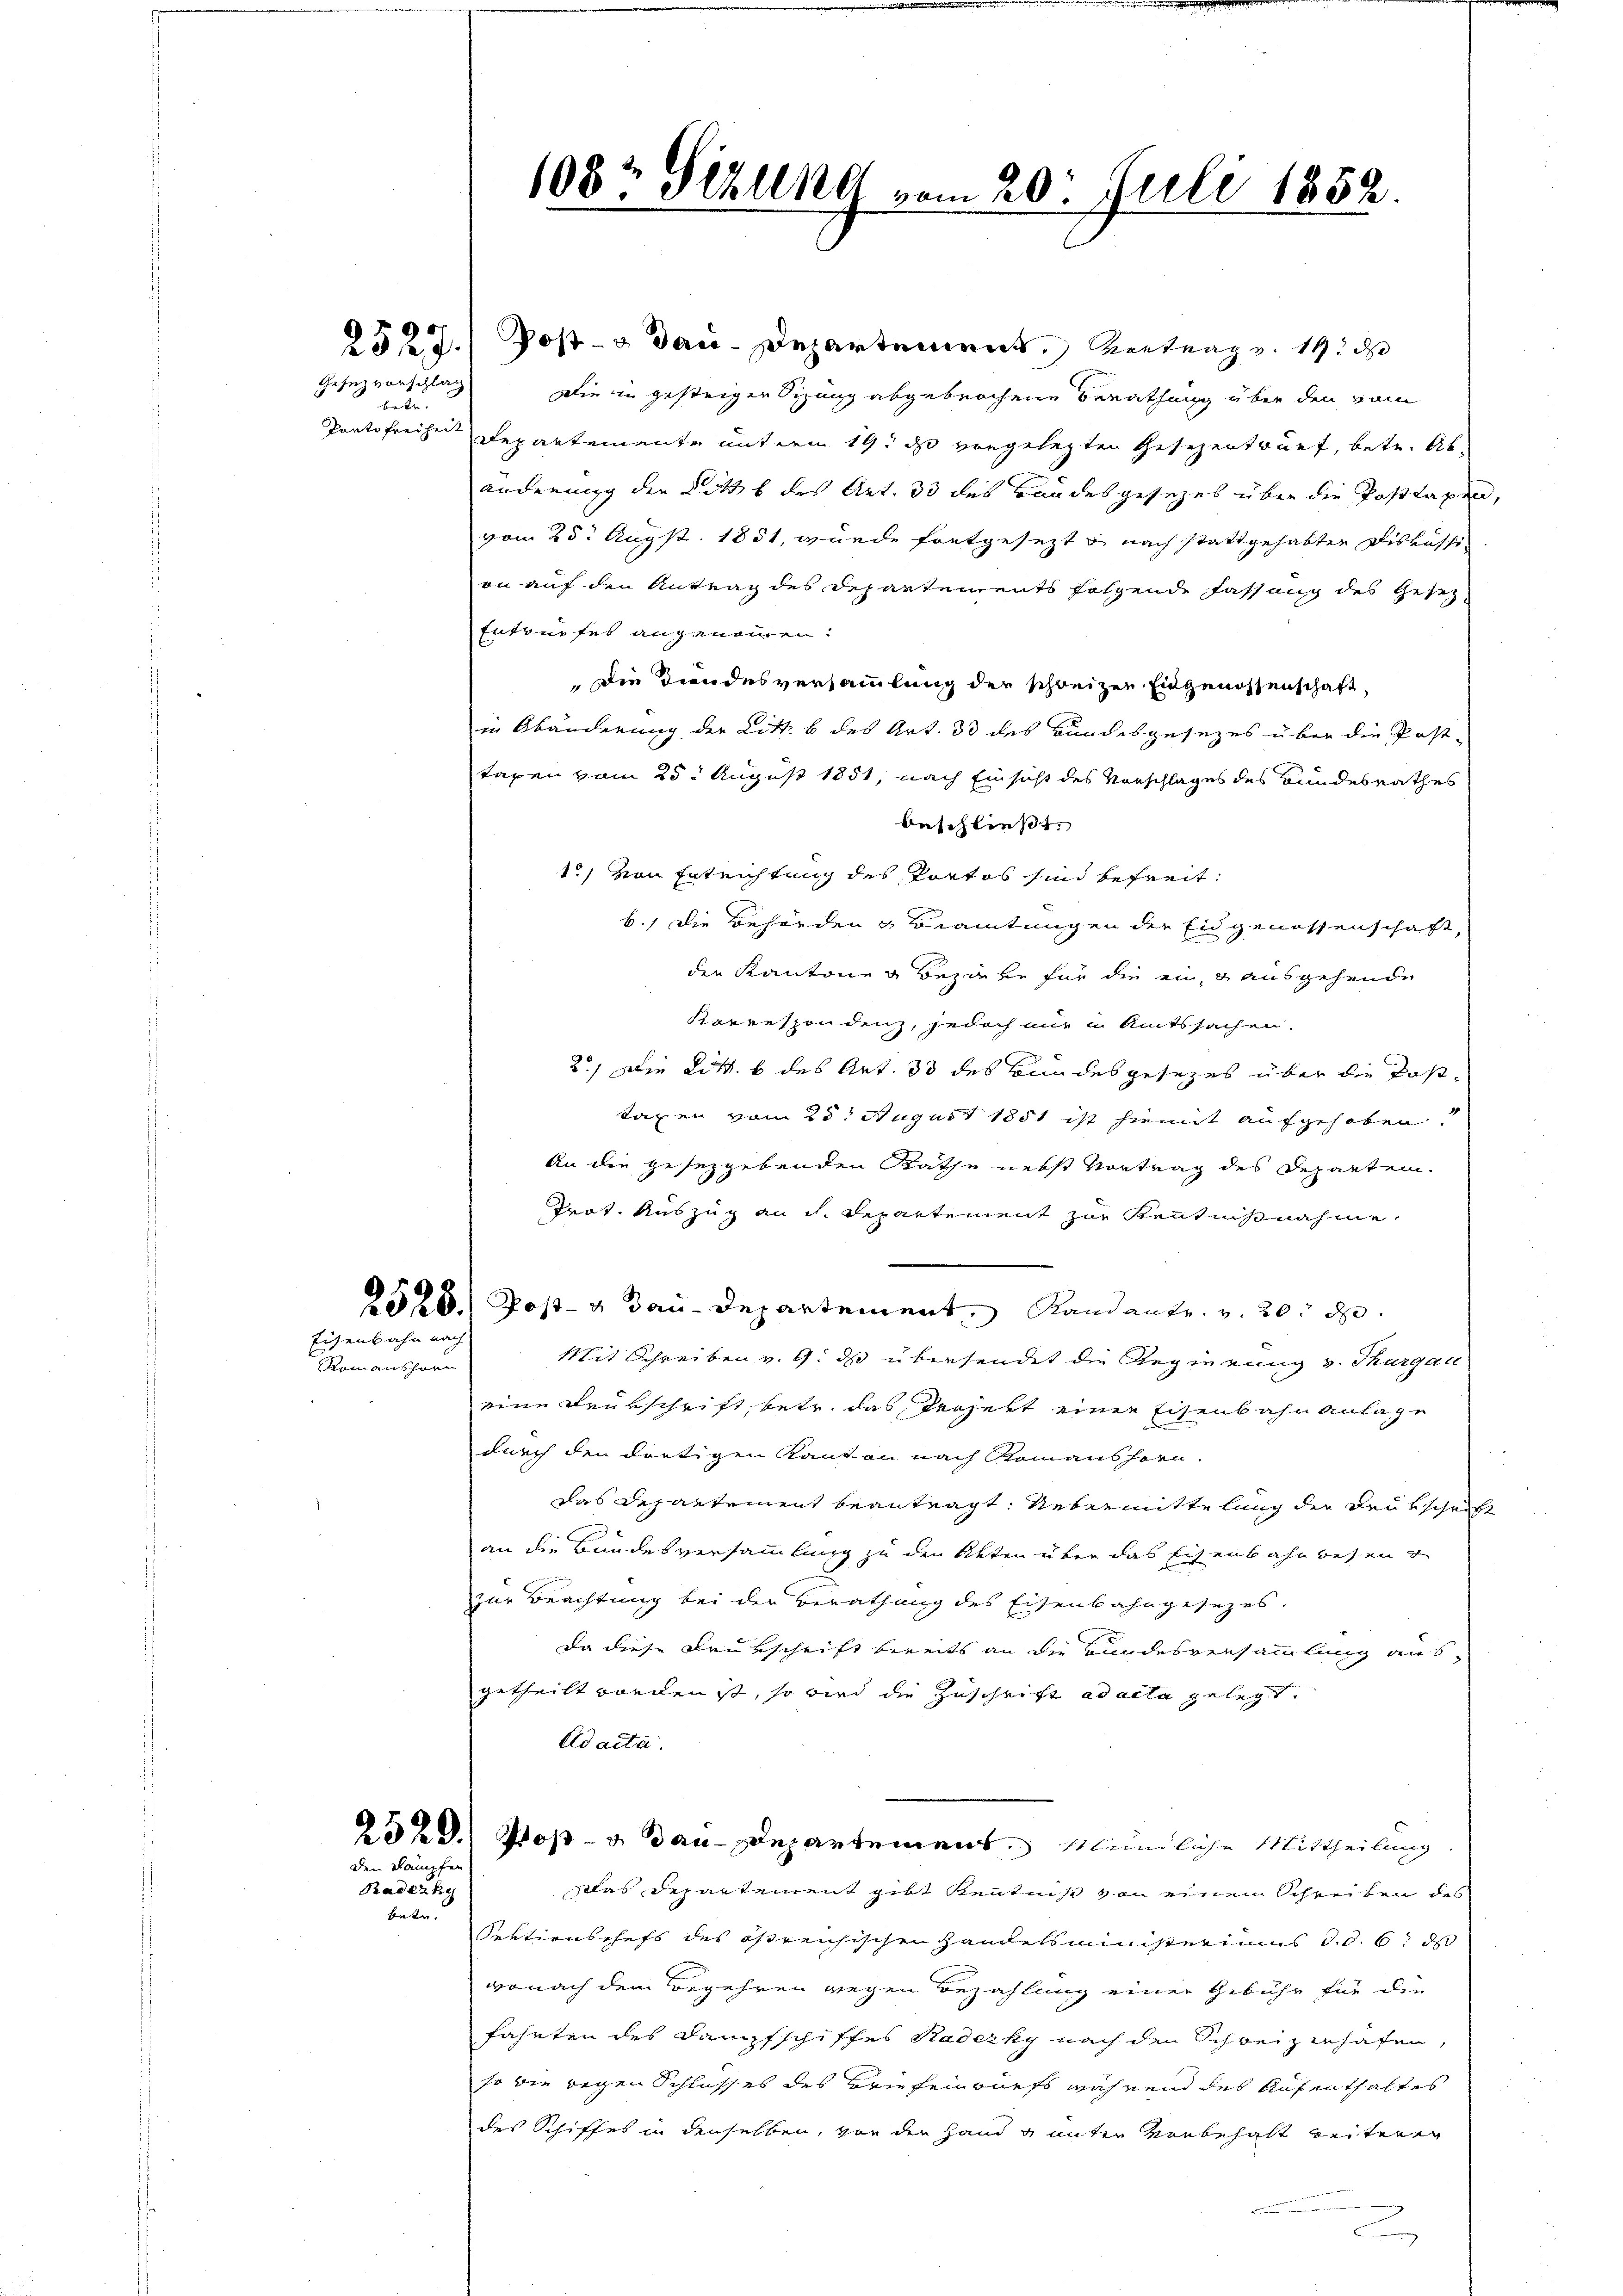
Gesezvorschlag
betr.
Panto Freiheit

Eisenbahn nach

Romanshorn

den kämpfen
Badecky
betr.

108. Sekung vom 20. Juli 1852.

252 J.) Post- & Bau-Departement, Vertrag v. 19. d
Die in gestrigen Sizung abgebrochene Berathung über den vom
Departemente miterm 19. ds vorgelegten Gesezentruef, betr. Abanderung der Litt. b des Art. 33 des Landesgesezes über die Posttaxen,
vom 25. Augst. 1851, wurde fortgesezt & nach stattgehabten Diskussi
on auf den Antrag des Departements folgende Fassung des Gesez
Entwurfes angenommen:
Die Kindesversammlung der schweizen Eingenossenschaft,
in Abänderung der Litt. b des Art. 33 des Bundesgesezes über die Post-
taxen vom 25. August 1851, nach Einsicht des Vorschlages des Bundesrathes
beschließt:
1) von Entrichtung des Portos sind befreit
b.) Die Behörden & Beamtungen der Eidgenossenschaft,
die Kantonen Bezirke für die ein ausgehende
Korrespondenz, jedoch nur in Amtssachen.
2.) Die Litt. b des Art. 33 des Bundesgesezes über die Posttaxen vom 28t August 1851 ist hiemit aufgehoben
An die gesetzgebenden Rathe nebst Vortrag des Departen.
Prot. Auszug an dh. Repartement zur Kenntnißnahme,
2526.) Post- & Bau-Departement, Randants. v. 20. d.
Mit Schreiben v. 9. ds übersendet die Regierung v. Thurgau
eine Drükschrift, betr. das Projekt einer Eisenbahn Anlage
durch den dortigen Kanton nach Romanshern.
das Departement beantragt. Uebermittelung der Deutschrift
an die Bundesversammlung zu den Akten über das Eisenbahnwesen u
zur Beachtung bei der Berathung des Eisenbahngesezes.
Da diese Drukschrift bereits an die Bundesversammlung ausgetheilt worden ist, so wird die Zuschrift ad acta gelegt.
Ad acta.
2529. Post- u. dau-Departement, Mündliche Mittheilung
Das Departement gibt kenntniße von einem Schreiben des
Sektionschefs des östreichischen Handelsministeriums d.d. 6. ds
wonach dem Begehren wegen Bezahlung einer Gebühr für die
fährten des Dampfschiffes Radecky nach den Schweizerhafen,
so die gegen Schlusses des Briefenwurfs während des Aufenthaltes
des Schiffes in denselben, von den Hand g unter vorbehalt weiteren
c